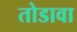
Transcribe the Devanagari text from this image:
तोडावा